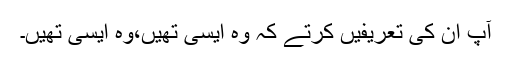
آپ ان کی تعریفیں کرتے کہ وہ ایسی تھیں،وہ ایسی تھیں۔